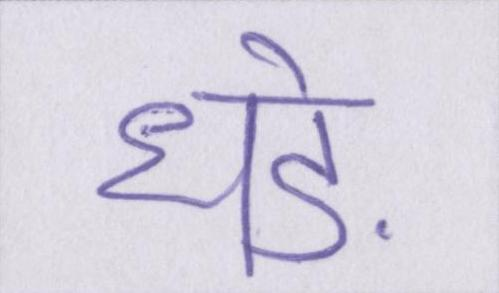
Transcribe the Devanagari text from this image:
धड़े